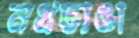
নখভাঙা